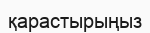
қарастырыңыз